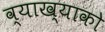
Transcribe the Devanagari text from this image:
व्याख्याको